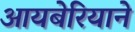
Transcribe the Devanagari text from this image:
आयबेरियाने